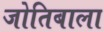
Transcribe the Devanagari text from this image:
जोतिबाला